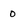
Character: 0